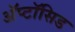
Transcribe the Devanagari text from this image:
अॅप्टॉसिड